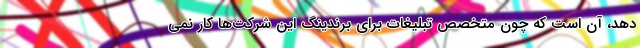
دهد، آن است که چون متخصص تبلیغات برای برندینگ این شرکت‌ها کار نمی